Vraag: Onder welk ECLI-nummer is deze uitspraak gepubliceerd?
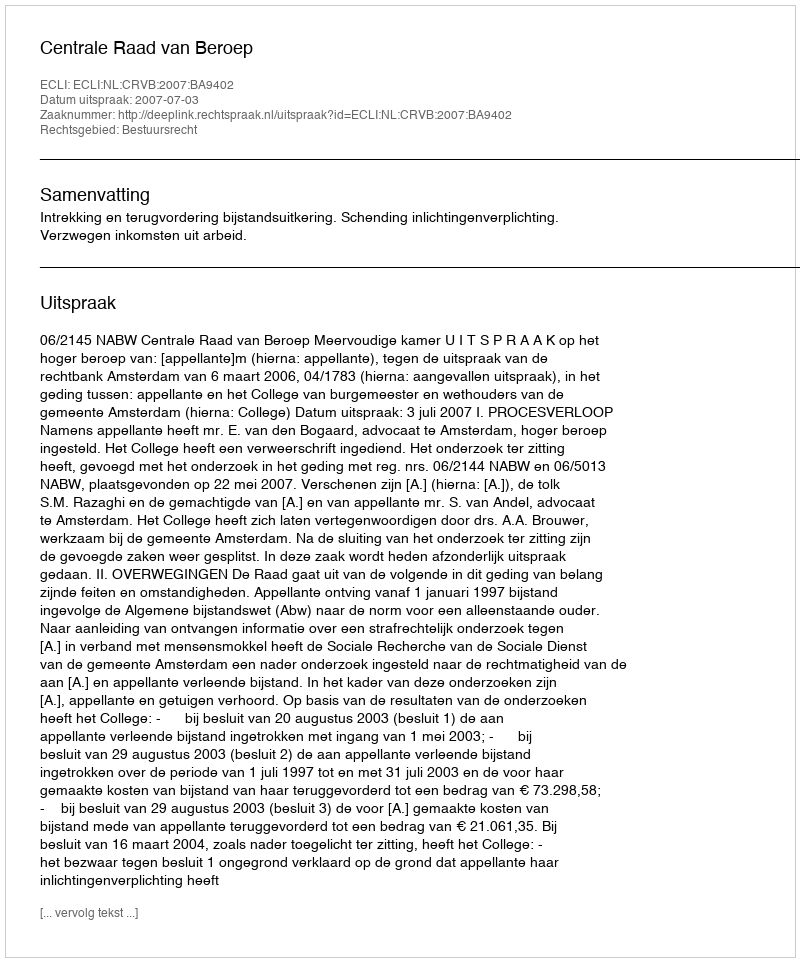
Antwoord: ECLI:NL:CRVB:2007:BA9402